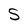
Character: S